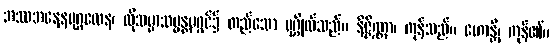
အဿအနေနပုဂ္ဂလေန၊ ထိုသမ္မာသမ္မန္တမဂ္ဂင်၌ တည်သော ပုဂ္ဂိုလ်သည်။ နိဇ္ဇိဏ္ဏာ၊ ကုန်သည်။ ဟောန္တိ၊ ကုန်၏။